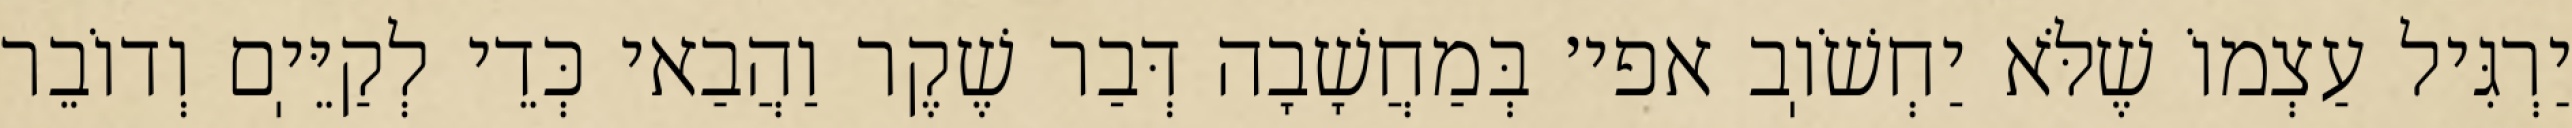
יַרְגִּיל עַצְמוֹ שֶׁלֹּא יַחְשֹׁוֽב אפי׳ בְּמַחֲשָׁבָה דְּבַר שֶׁקֶר וַהֲבַאי כְּדֵי לְקַיֵּיֽם וְדוֹבֵר